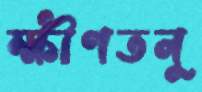
ক্ষীণতনু